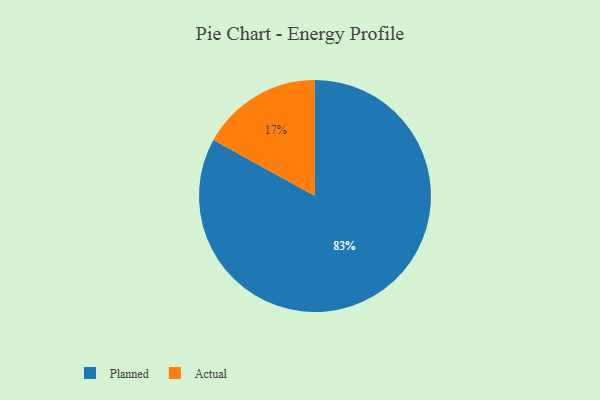
{"axis": {"x": "Category", "y": "Percentage"}, "legend": ["Actual", "Planned"], "data": [{"x": "Planned", "y": 83, "type": "Planned"}, {"x": "Actual", "y": 17, "type": "Actual"}]}